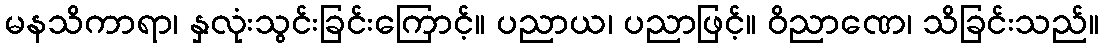
မနသိကာရာ၊ နှလုံးသွင်းခြင်းကြောင့်။ ပညာယ၊ ပညာဖြင့်။ ဝိညာဏေ၊ သိခြင်းသည်။